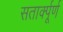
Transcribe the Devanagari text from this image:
सतार्क्पूर्ण